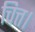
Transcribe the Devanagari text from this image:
चित्त।